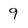
Character: 9